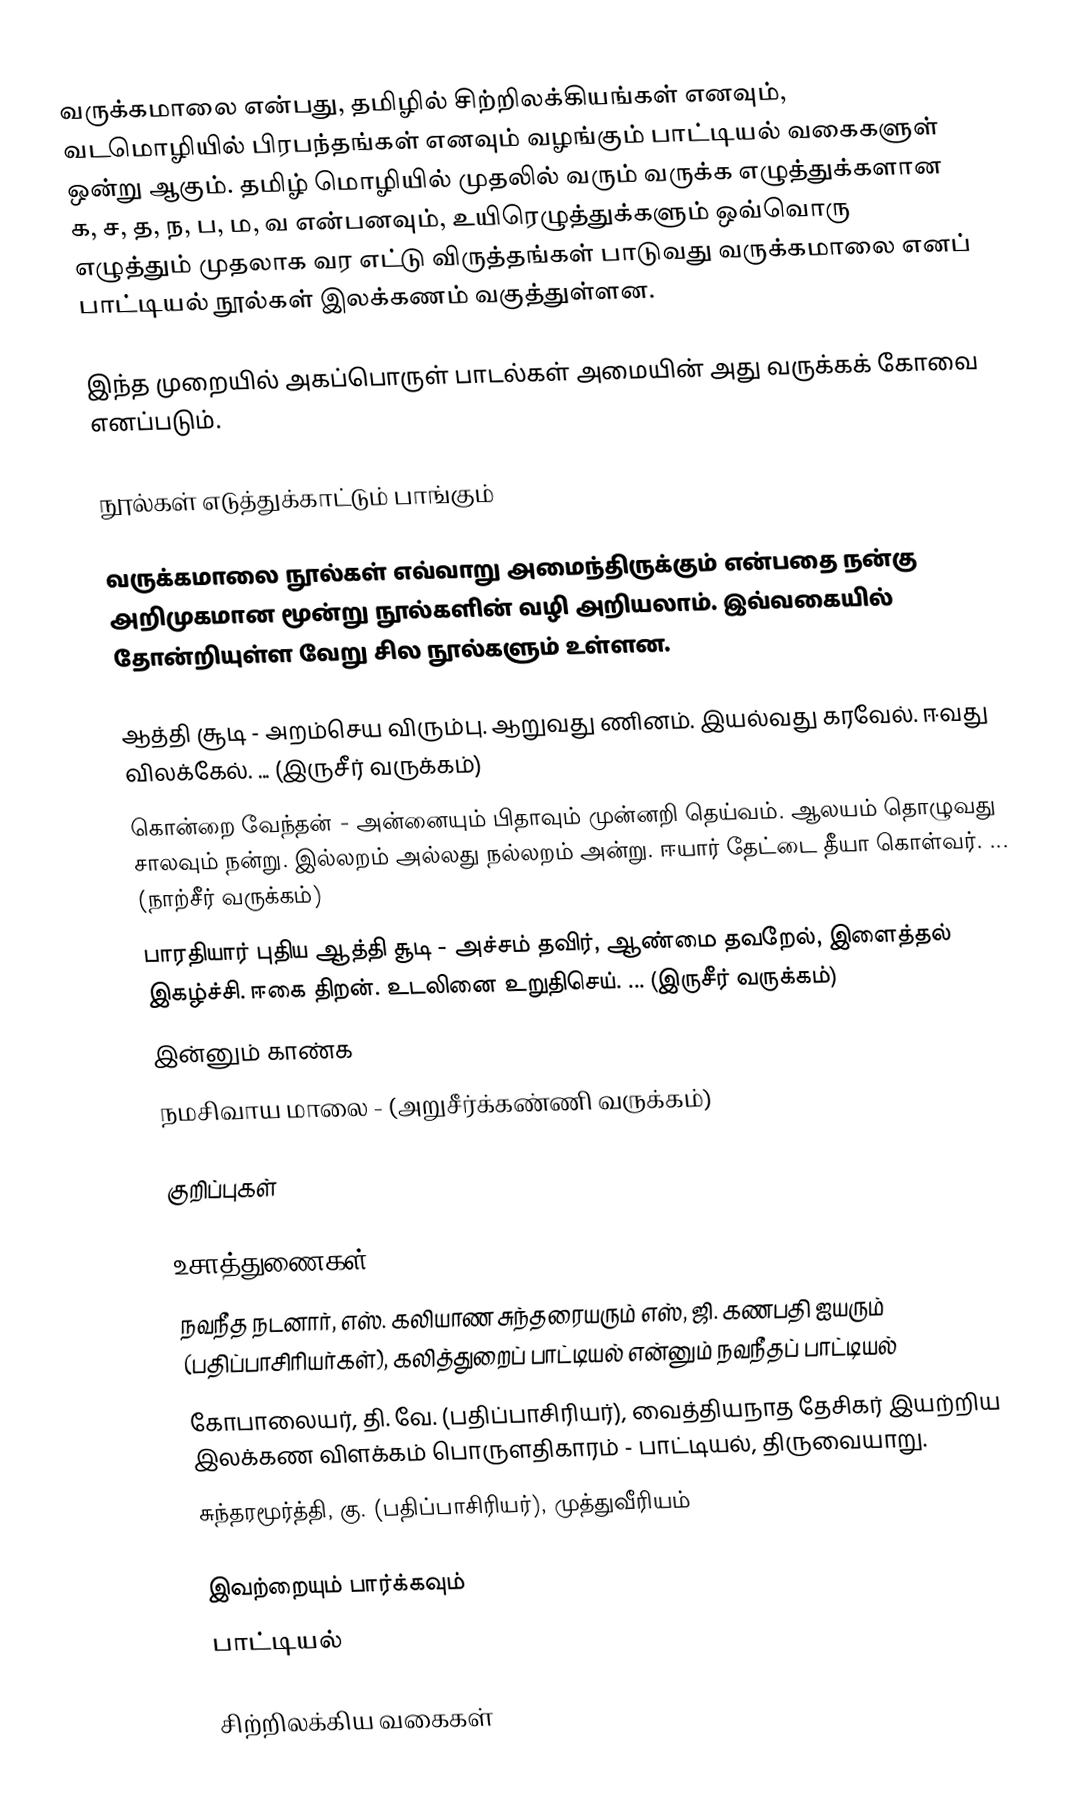
வருக்கமாலை என்பது, தமிழில் சிற்றிலக்கியங்கள் எனவும், வடமொழியில் பிரபந்தங்கள் எனவும் வழங்கும் பாட்டியல் வகைகளுள் ஒன்று ஆகும். தமிழ் மொழியில் முதலில் வரும் வருக்க எழுத்துக்களான க, ச, த, ந, ப, ம, வ என்பனவும், உயிரெழுத்துக்களும்  ஒவ்வொரு எழுத்தும் முதலாக வர எட்டு விருத்தங்கள் பாடுவது வருக்கமாலை எனப் பாட்டியல் நூல்கள் இலக்கணம் வகுத்துள்ளன.

இந்த முறையில் அகப்பொருள் பாடல்கள் அமையின் அது வருக்கக் கோவை எனப்படும்.

நூல்கள் எடுத்துக்காட்டும் பாங்கும்

வருக்கமாலை நூல்கள் எவ்வாறு அமைந்திருக்கும் என்பதை நன்கு அறிமுகமான மூன்று  நூல்களின் வழி அறியலாம். இவ்வகையில் தோன்றியுள்ள வேறு சில நூல்களும் உள்ளன.

 ஆத்தி சூடி - அறம்செய விரும்பு. ஆறுவது ணினம். இயல்வது கரவேல். ஈவது விலக்கேல். ... (இருசீர் வருக்கம்)
 கொன்றை வேந்தன் - அன்னையும் பிதாவும் முன்னறி தெய்வம். ஆலயம் தொழுவது சாலவும் நன்று. இல்லறம் அல்லது நல்லறம் அன்று. ஈயார் தேட்டை தீயா கொள்வர். ... (நாற்சீர் வருக்கம்)
 பாரதியார் புதிய ஆத்தி சூடி - அச்சம் தவிர், ஆண்மை தவறேல், இளைத்தல் இகழ்ச்சி. ஈகை திறன். உடலினை உறுதிசெய். ... (இருசீர் வருக்கம்)
இன்னும் காண்க
 நமசிவாய மாலை - (அறுசீர்க்கண்ணி வருக்கம்)

குறிப்புகள்

உசாத்துணைகள்
 நவநீத நடனார், எஸ். கலியாண சுந்தரையரும் எஸ், ஜி. கணபதி ஐயரும் (பதிப்பாசிரியர்கள்), கலித்துறைப் பாட்டியல் என்னும் நவநீதப் பாட்டியல்
 கோபாலையர், தி. வே. (பதிப்பாசிரியர்), வைத்தியநாத தேசிகர் இயற்றிய இலக்கண விளக்கம் பொருளதிகாரம் - பாட்டியல், திருவையாறு.
 சுந்தரமூர்த்தி, கு. (பதிப்பாசிரியர்), முத்துவீரியம்

இவற்றையும் பார்க்கவும்
 பாட்டியல்

சிற்றிலக்கிய வகைகள்